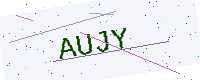
Text: AUJY